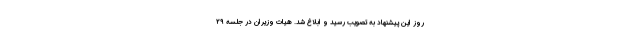
روز این پیشنهاد به تصویب رسید و ابلاغ شد. هیات وزیران در جلسه ۲۹